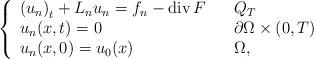
LaTeX: \begin{align*}\left\{\begin{array}[c]{lll}\left( u_{n}\right) _{t}+L_{n}u_{n}=f_{n}-\operatorname{div}F & &Q_{T}\\u_{n}(x,t)=0 & & \partial\Omega\times\left( 0,T\right) \\u_{n}(x,0)=u_{0}(x) & & \Omega,\end{array}\right. \end{align*}